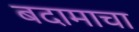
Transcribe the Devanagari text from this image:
बदामाचा